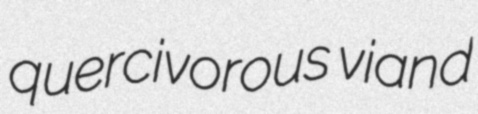
quercivorous viand